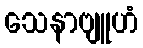
သေနာဗျူဟံ